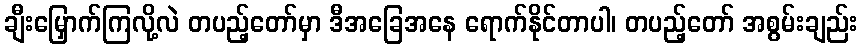
ချီးမြှောက်ကြလို့လဲ တပည့်တော်မှာ ဒီအခြေအနေ ရောက်နိုင်တာပါ၊ တပည့်တော် အစွမ်းချည်း